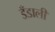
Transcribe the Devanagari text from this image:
डँडाली